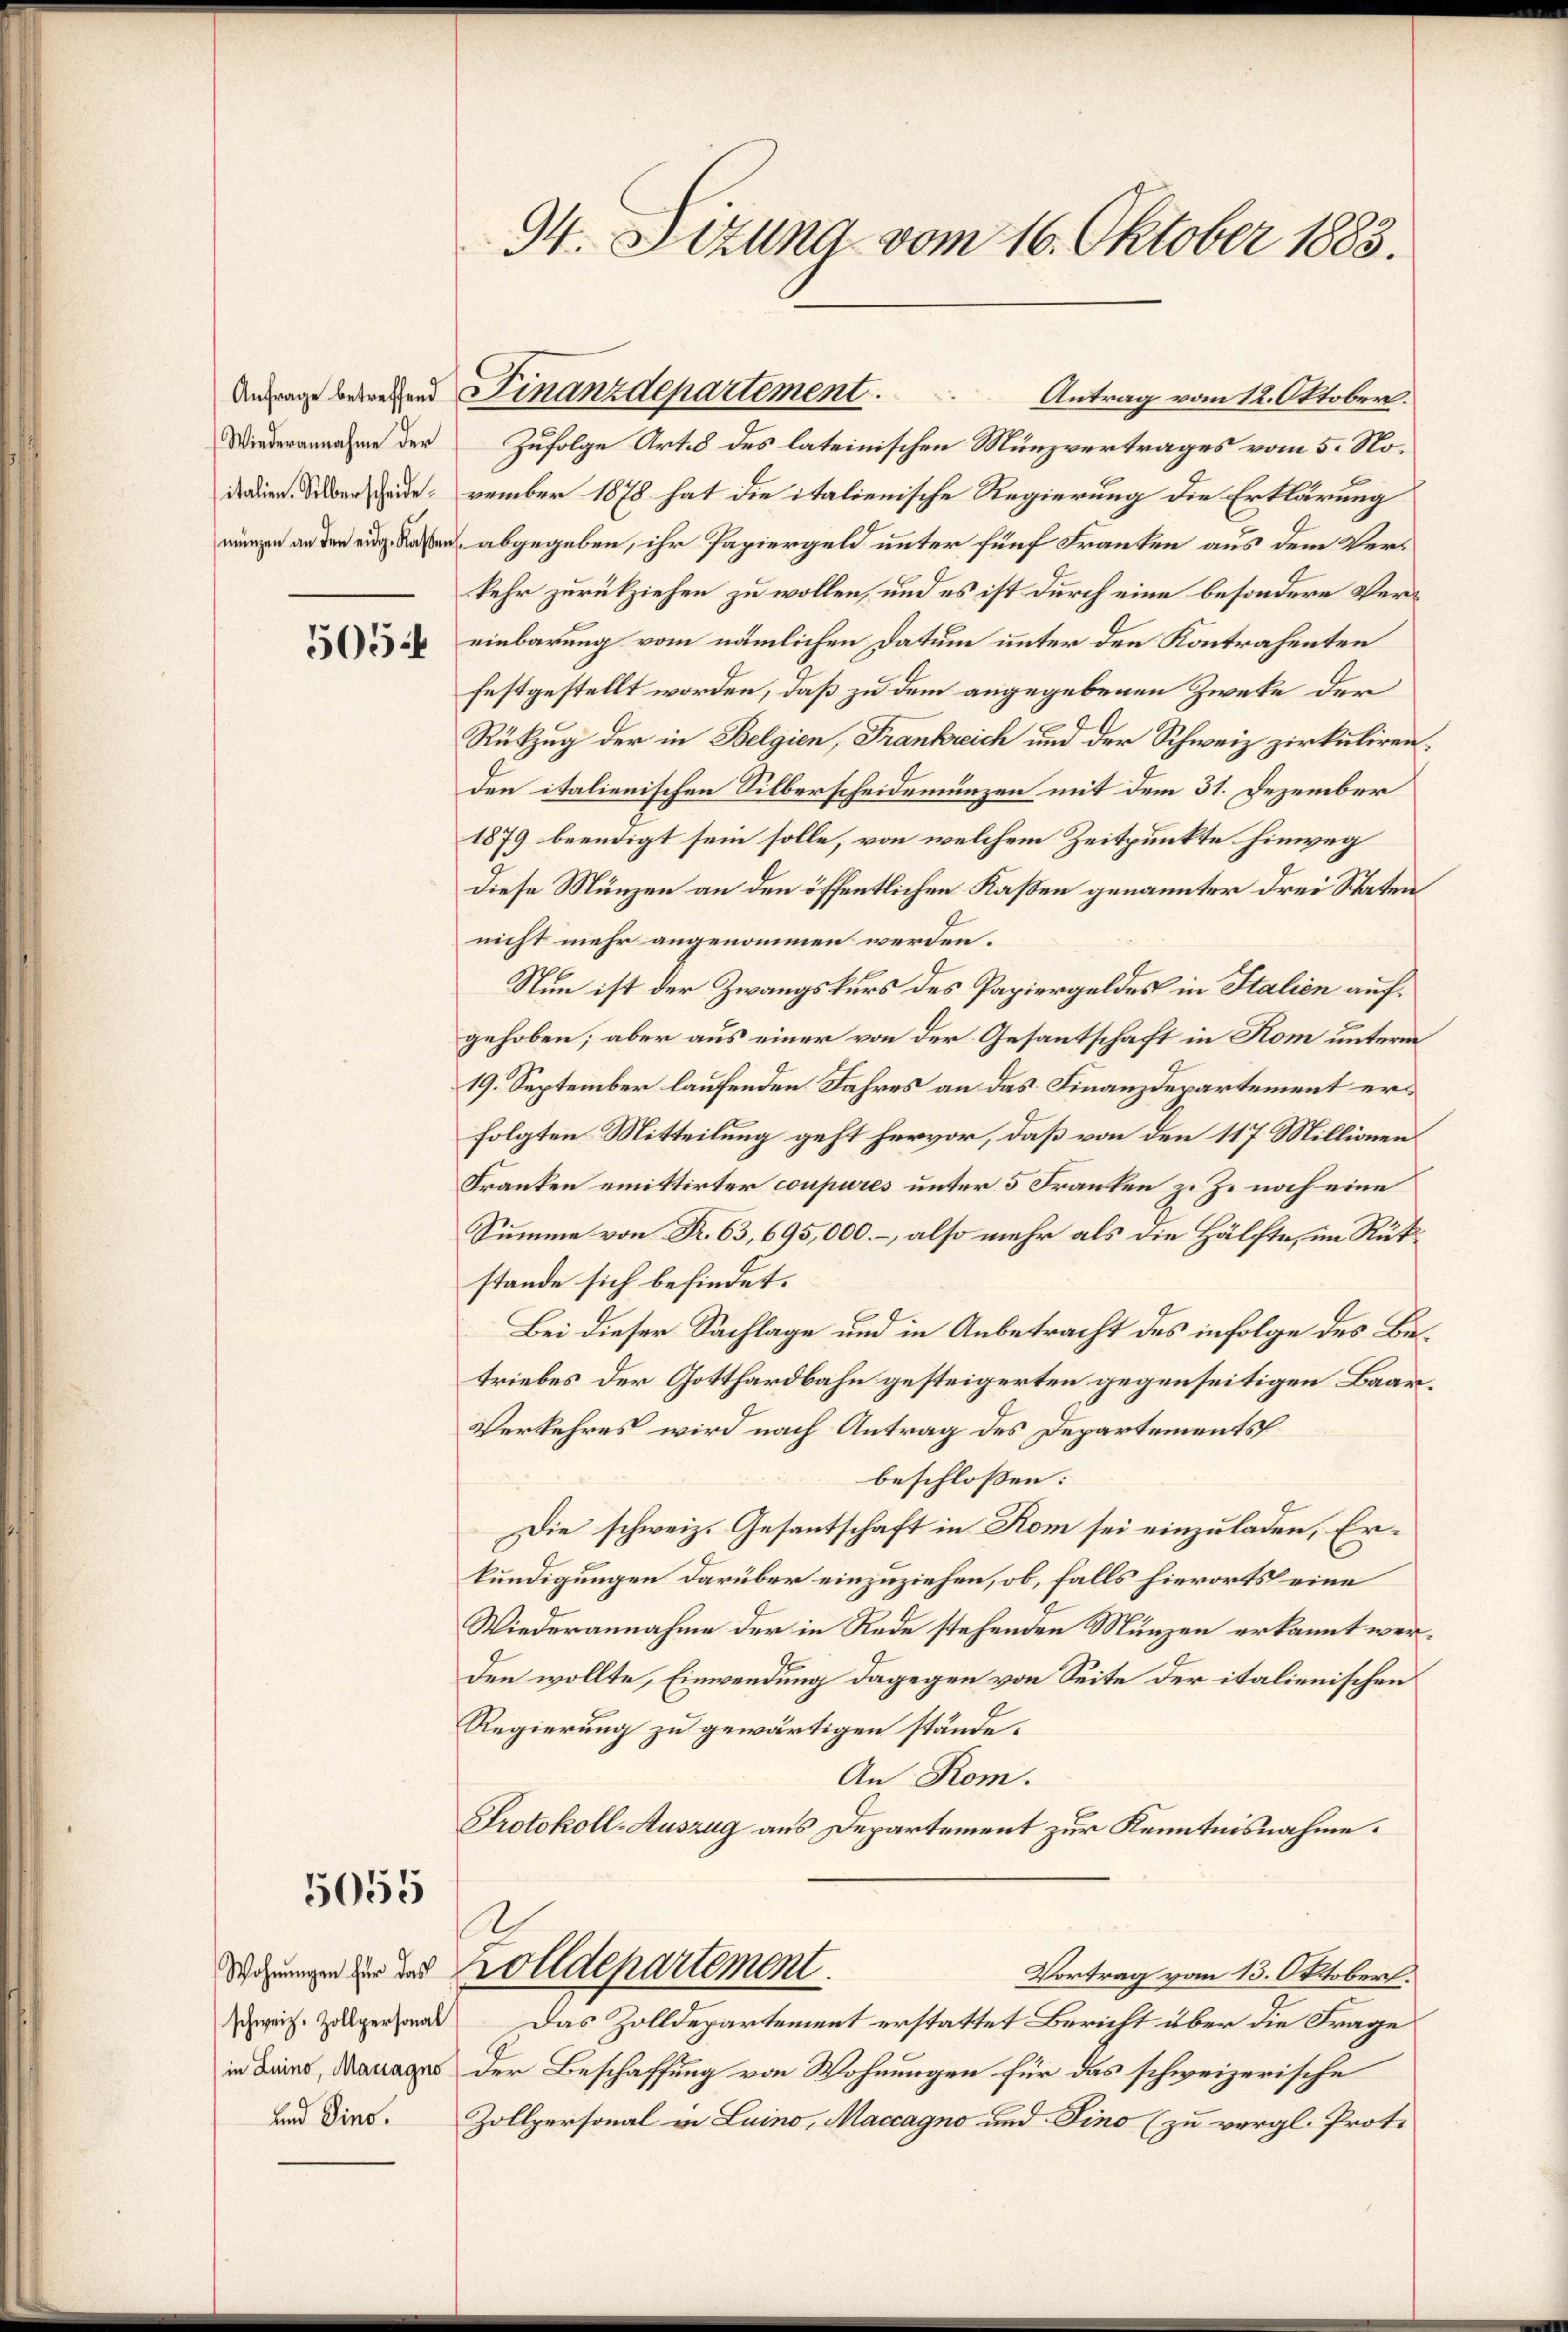
Anfrage betreffend
(Wiederannahme der
italien. Silberscheide.
münzen an den eidg. Kassen

5054

5055

Wohnungen für das
schweiz. Zollpersonal
in Luino, Managno
und Sino.

94. Setzung vom 16. Oktober 1883.

inanzdepartement.

Antrag vom 12. Oktober.
Zufolge Art. 8 des lateinischen Münzvertrages vom 5. November 1878 hat die italienische Regierung die Erklärung
& abgegeben, ihr Papiergeld unter fünf Franken aus dem Verkehr zurückziehen zu wollen, und es ist durch eine besondere Vereinbarung vom nämlichen Datum unter den Kontrahenten
festgestellt worden, daß zu dem angegebenen Zwete der
Rükzug der in Belgien, Frankreich und der Schweiz zirkuliren
den italienischen Silberscheidemünzen mit dem 31. Dezember
1879 beendigt sein solle, von welchem Zeitpunkte hinweg
Diese Münzen an den öffentlichen Kaßen genannter drei Staten
nicht mehr angenommen werden.
Nun ist der Zwangskurs des Papiergeldes in Italien aufgehoben; aber aus einer von der Gesantschaft in Kom unterm
19. September laufenden Jahres an das Finanzdepartement erfolgten Mitteilung geht hervor, daß von den 117 Millionen
Franken emittirter coupures unter 5 Franken z. Z. noch eine
Summe von Nr. 63, 695,000.-, also mehr als die Hälfte, im Rükstande sich befindet.
Bei dieser Sachlage und in Anbetracht des infolge des Betriebes der Gotthardbahn gesteigerten gegenseitigen Baar¬
Verkehres wird nach Antrag des Departements
beschlossen:
Die schweiz. Gesantschaft in Rom sei einzuladen, Erkundigungen darüber einzuziehen, ob, falls hierorts eine
Wiederannahme der in Rede stehenden Münzen erkannt werden wollte, Einwendung dagegen von Seite der italienischen
Regierung zu gewärtigen stände.
An Rom.
Protokoll-Auszug aus Departement zur Kenntnisnahme.
A
zolldepartement.
Vortrag vom 13. Oktober.
Das Zolldepartement erstattet Bericht über die Frage
Der Beschaffung von Wohnungen für das schweizerische
Zollpersonal in Luino, Maccagno und Pino (zu vergl. Proto